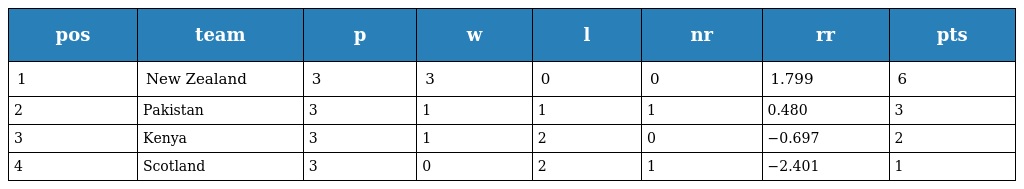
| pos | team | p | w | l | nr | rr | pts |
 | --- | --- | --- | --- | --- | --- | --- | --- |
 | 1 | New Zealand | 3 | 3 | 0 | 0 | 1.799 | 6 |
 | 2 | Pakistan | 3 | 1 | 1 | 1 | 0.480 | 3 |
 | 3 | Kenya | 3 | 1 | 2 | 0 | −0.697 | 2 |
 | 4 | Scotland | 3 | 0 | 2 | 1 | −2.401 | 1 |